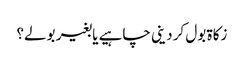
زکاۃ بول کر دینی چاہیے یا بغیر بولے؟